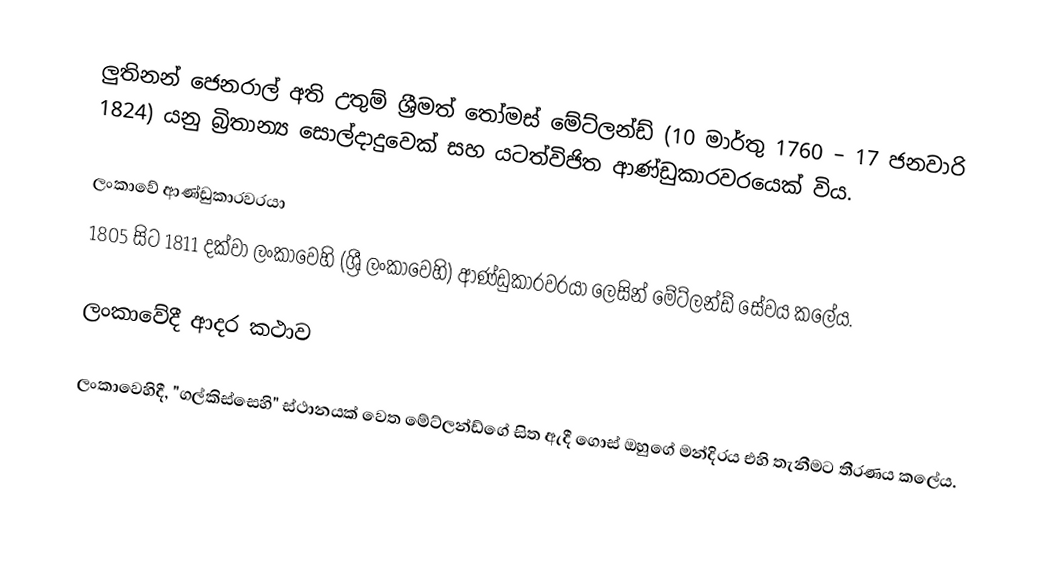
ලුතිනන් ජෙනරාල් අති උතුම් ශ්‍රීමත් තෝමස් මේට්ලන්ඩ්  (10 මාර්තු 1760 – 17 ජනවාරි 1824) යනු බ්‍රිතාන්‍ය සොල්දාදුවෙක් සහ යටත්විජිත ආණ්ඩුකාරවරයෙක් විය.

ලංකාවේ ආණ්ඩුකාරවරයා
1805 සිට 1811 දක්වා ලංකාවෙහි (ශ්‍රී ලංකාවෙහි) ආණ්ඩුකාරවරයා ලෙසින් මේට්ලන්ඩ් සේවය කලේය.

ලංකාවේදී ආදර කථාව

ලංකාවෙහිදී, "ගල්කිස්සෙහි" ස්ථානයක් වෙත මේට්ලන්ඩ්ගේ සිත ඇදී ගොස් ඔහුගේ මන්දිරය එහි තැනීමට තීරණය කලේය.